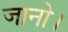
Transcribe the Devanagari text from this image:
जानो।